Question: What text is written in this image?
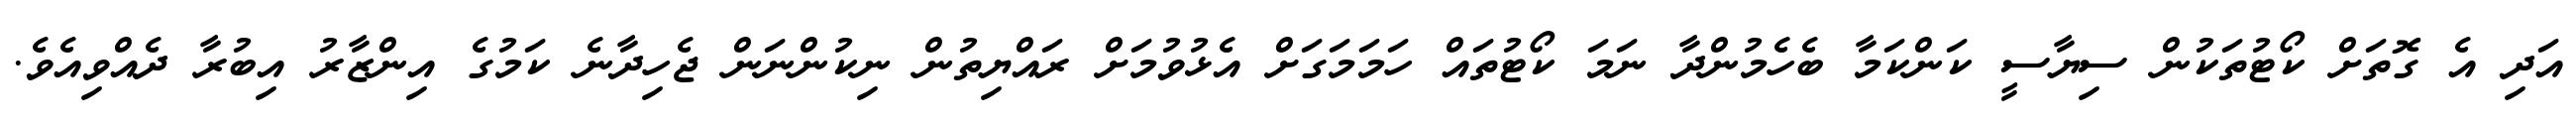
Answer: އަދި އެ ގޮތަށް ކޯޓުތަކުން ސިޔާސީ ކަންކަމާ ބެހެމުންދާ ނަމަ ކޯޓުތައް ހަމަމަގަށް އެޅުވުމަށް ރައްޔިތުން ނިކުންނަން ޖެހިދާނެ ކަމުގެ އިންޒާރު އިބުރާ ދެއްވިއެވެ.